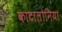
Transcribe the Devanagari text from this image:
काटालोनिया